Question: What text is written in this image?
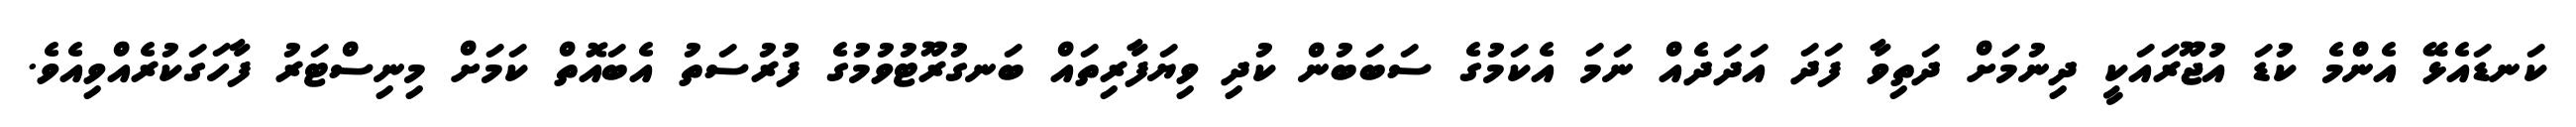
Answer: ކަނޑައެޅޭ އެންމެ ކުޑަ އުޖޫރައަކީ ދިނުމަށް ދަތިވާ ފަދަ އަދަދެއް ނަމަ އެކަމުގެ ސަބަބުން ކުދި ވިޔަފާރިތައް ބަނގުރޫޓުވުމުގެ ފުރުސަތު އެބައޮތް ކަމަށް މިނިސްޓަރު ފާހަގަކުރެއްވިއެވެ.